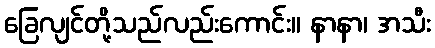
ခြေလျင်တို့သည်လည်းကောင်း။ နာနာ၊ အသီး